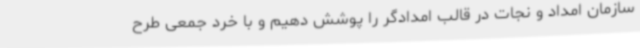
سازمان امداد و نجات در قالب امدادگر را پوشش دهیم و با خرد جمعی طرح